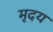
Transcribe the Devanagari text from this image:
मृदय